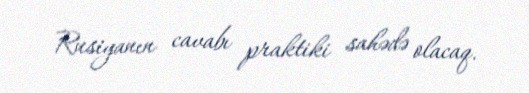
Rusiyanın cavabı praktiki sahədə olacaq.